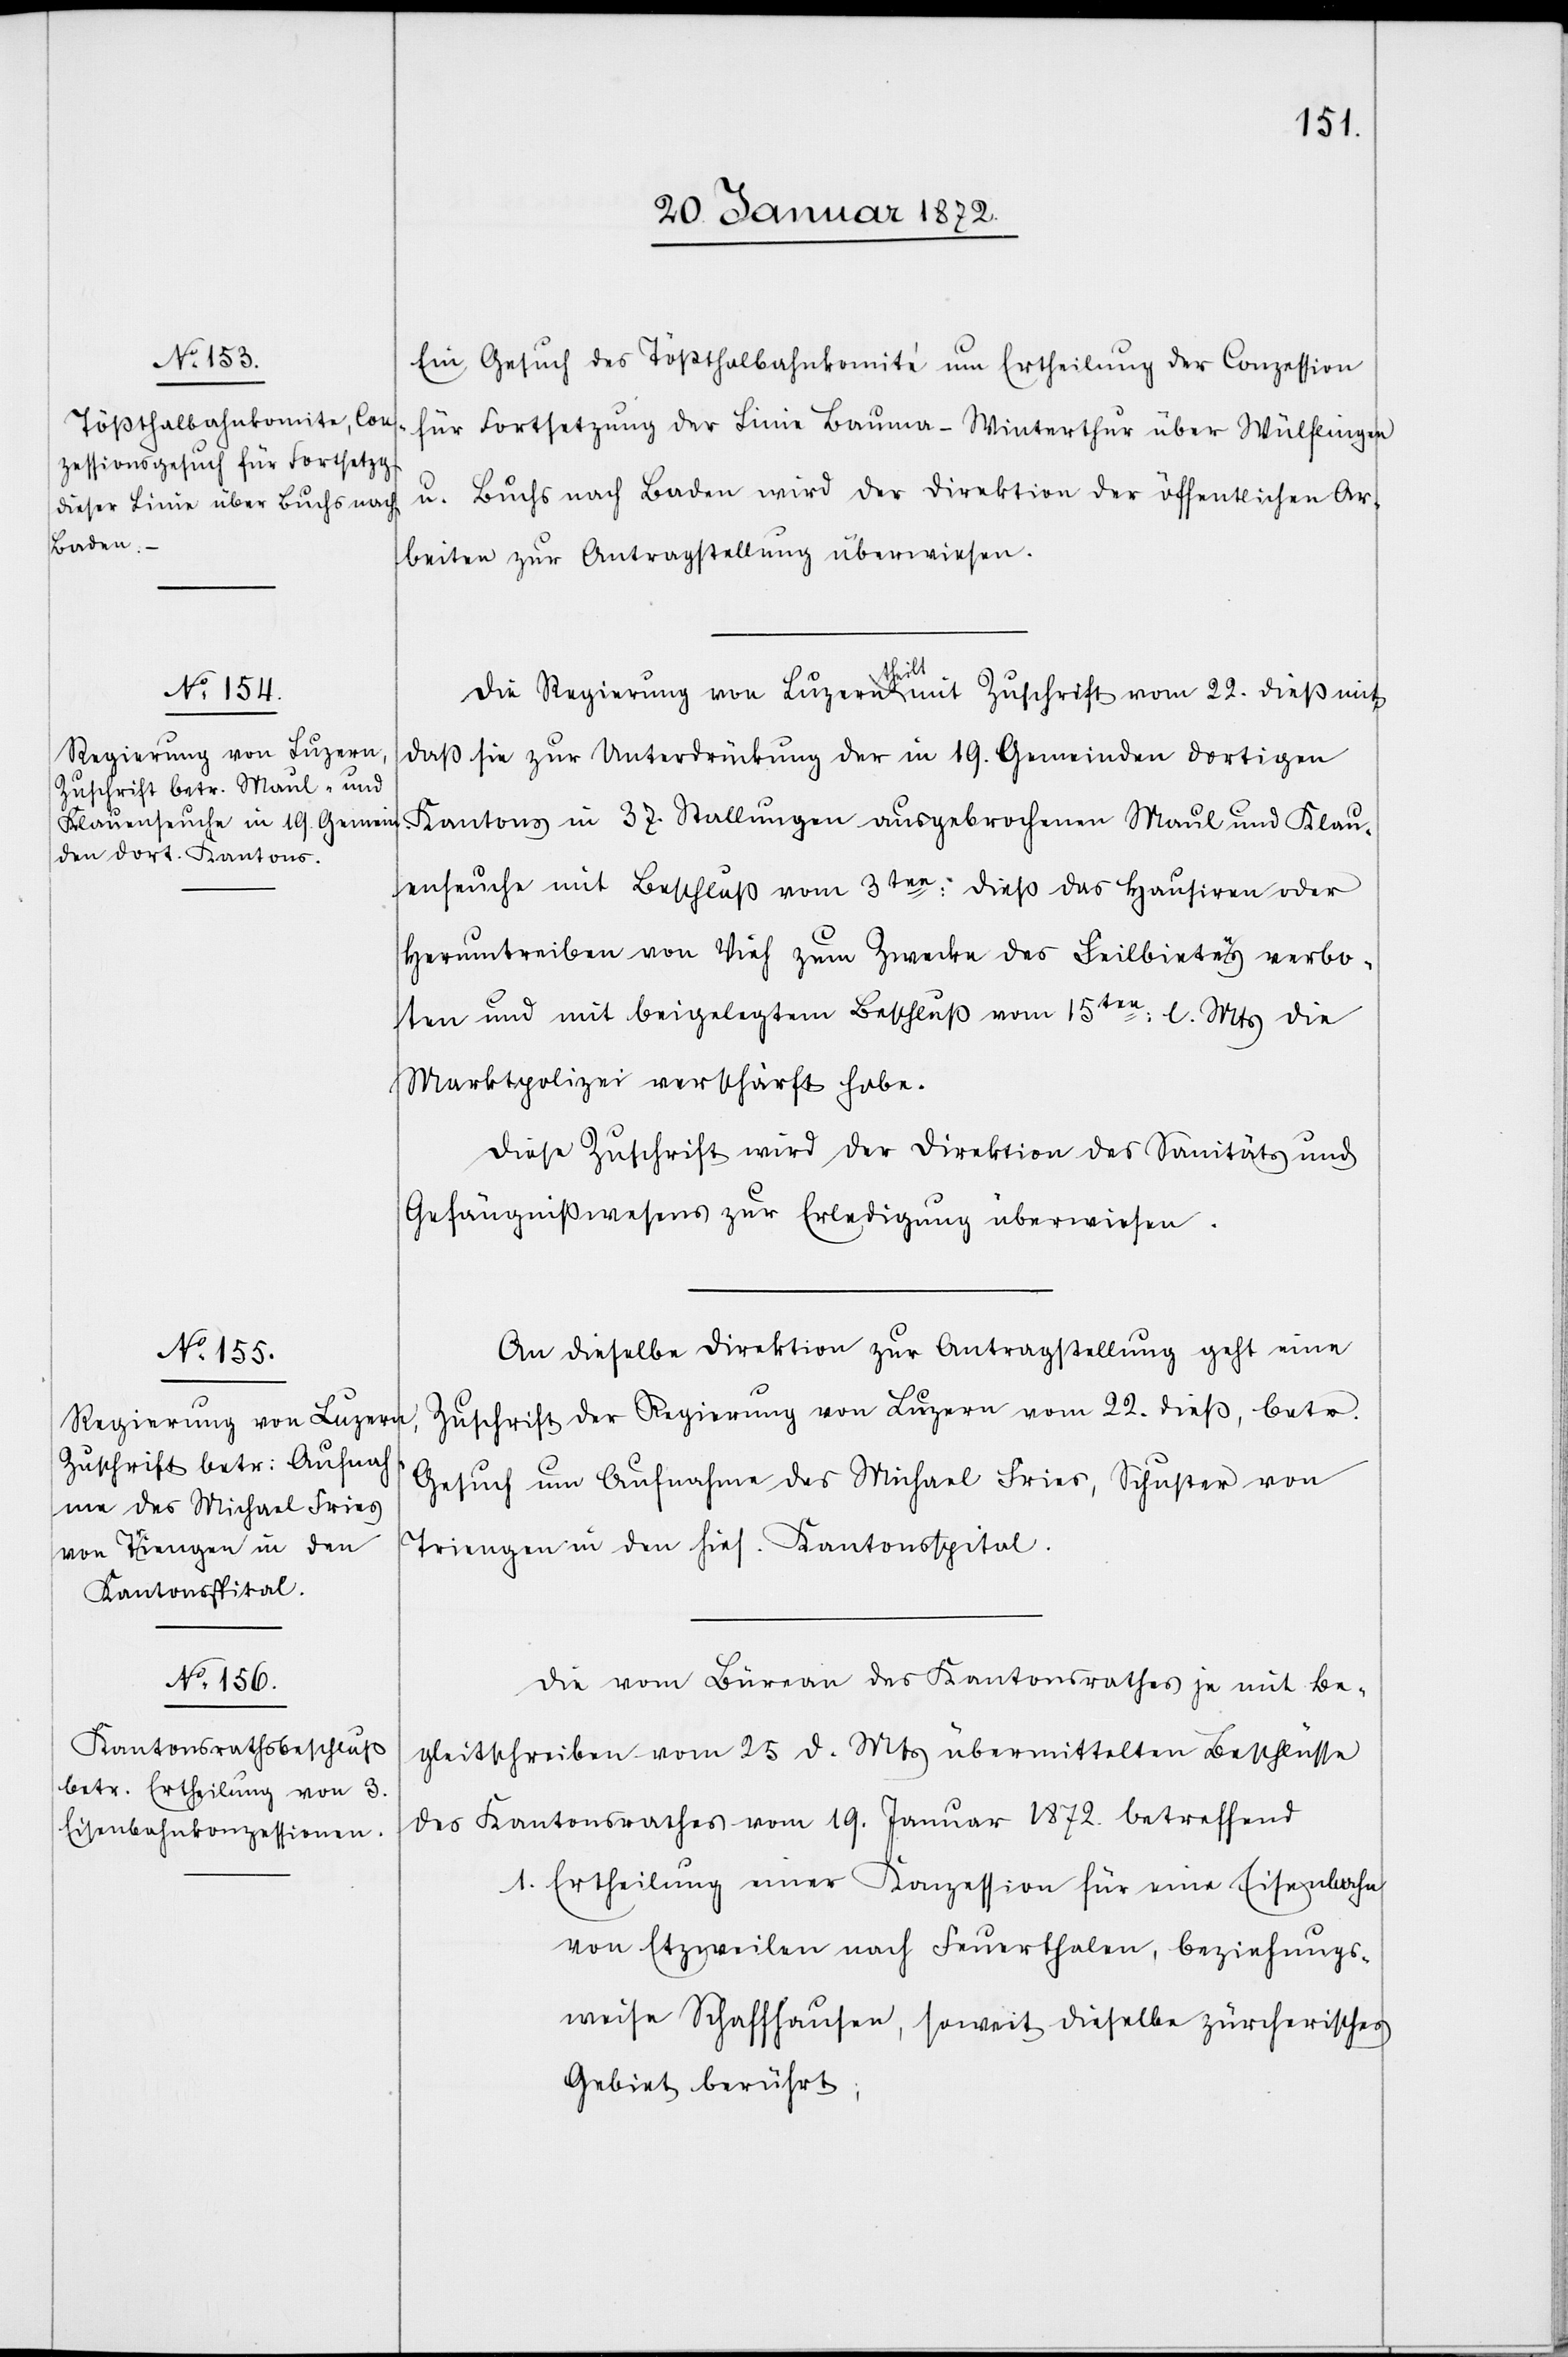
24. Januar 1872.]
Ein Gesuch des Tößthalbahnhomité um Ertheilung der Conzession
für Fortsetzung der Linie Bauma–Winterthur über Wülflingen
u. Buchs nach Baden wird der Direktion der öffentlichen Ar¬
beiten zur Antragstellung überwiesen.
Die Regierung von Luzern theilt mit Zuschrift vom 22. dieß mit,
daß sie zur Unterdrückung der in 19. Gemeinden dortigen
Kantons in 37. Stallungen ausgebrochenen Maul und Klau¬
enseuche mit Beschluß vom 3ten: dieß das Hausiren oder
Herumtreiben von Vieh zum Zwecke des Feilbietens verbo¬
ten und mit beigelegtem Beschluß vom 15ten: l. Mts die
Marktpolizei verschärft habe.
Diese Zuschrift wird der Direktion des Sanitäts und
Gefängniswesens zur Erledigung überwiesen.
An dieselbe Direktion zur Antragsstellung geht eine
Zuschrift der Regierung von Luzern vom 22. dieß, betr.
Gesuch um Aufnahme des Michael Fries, Schuster von
Triengen in den hies. Kantonsspital.
Die vom Büreau des Kantonsrathes je mit Be¬
gleitschreiben vom 25 d. Mts übermittelten Beschlüsse
des Kantonsrathes vom 19. Januar 1872. betreffend
Ertheilung einer Konzession für eine Eisenbahn
von Etzweilen nach Feuerthalen, beziehungs¬
weise Schaffhausen, soweit dieselbe zürcherisches
Gebiet berührt;